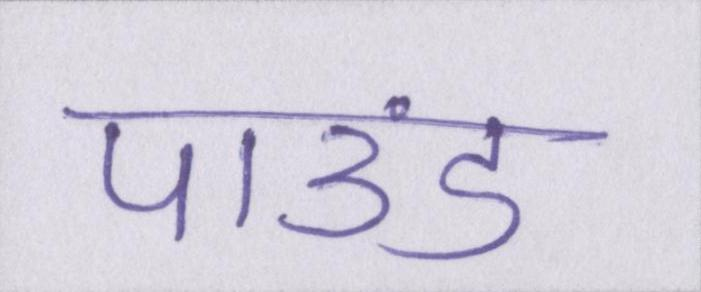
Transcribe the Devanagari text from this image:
पाउंड